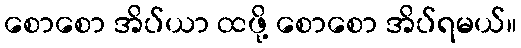
စောစော အိပ်ယာ ထဖို့ စောစော အိပ်ရမယ်။